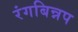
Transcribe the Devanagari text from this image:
रंगबिन्नप